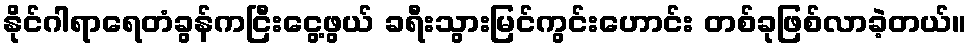
နိုင်ဂါရာရေတံခွန်ကငြီးငွေ့ဖွယ် ခရီးသွားမြင်ကွင်းဟောင်း တစ်ခုဖြစ်လာခဲ့တယ်။